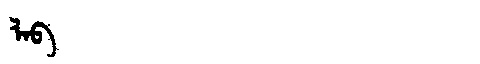
Manchu: ᠯᠠᠪ
Romanization: LAB